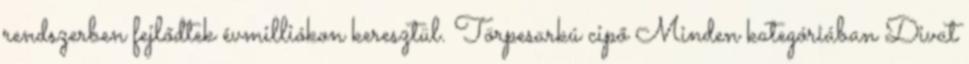
rendszerben fejlődtek évmilliókon keresztül. Törpesarkú cipő Minden kategóriában Divat